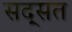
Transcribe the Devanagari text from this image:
सद्सत